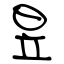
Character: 昱